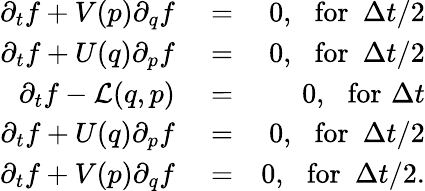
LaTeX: \begin{array}{rlr}{{\partial_{t}f}+V(p){\partial_{q}f}}&{{}=}&{0,\, \, \, \, \mathrm{for}\, \, \, \Delta t/2}\\ {{\partial_{t}f}+U(q){\partial_{p}f}}&{{}=}&{0,\, \, \, \, \mathrm{for}\, \, \, \Delta t/2}\\ {{\partial_{t}f}-\mathcal{L}(q,p)}&{{}=}&{0,\, \, \, \, \mathrm{for}\, \, \Delta t}\\ {{\partial_{t}f}+U(q){\partial_{p}f}}&{{}=}&{0,\, \, \, \, \mathrm{for}\, \, \, \Delta t/2}\\ {{\partial_{t}f}+V(p){\partial_{q}f}}&{{}=}&{0,\, \, \, \, \mathrm{for}\, \, \, \Delta t/2.}\end{array}